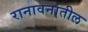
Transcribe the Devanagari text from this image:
रानावनांतील